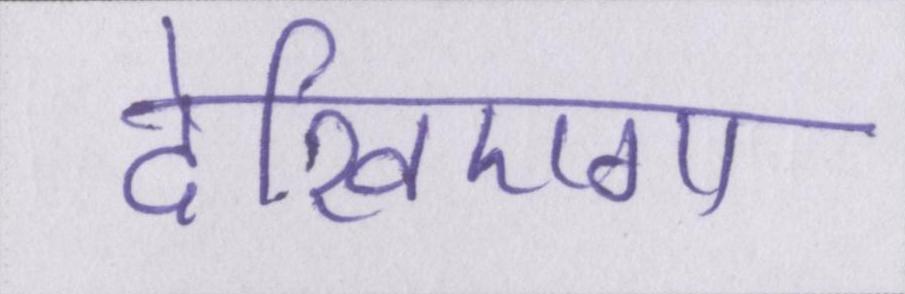
देखिएगा